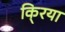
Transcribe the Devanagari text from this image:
कि्रया